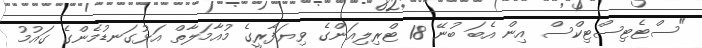
"ސްޓެޓިސްޓިކްސް އިން އެބަ ބުނޭ 18 ޓްރިލިއަންގެ ވިޔަފާރީގެ މުއާމަލާތް އަޅުގަނޑުމެންގެ ގައުމު